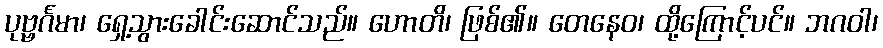
ပုဗ္ဗင်္ဂမာ၊ ရှေ့သွားခေါင်းဆောင်သည်။ ဟောတိ၊ ဖြစ်၏။ တေနေဝ၊ ထို့ကြောင့်ပင်။ ဘဂဝါ၊